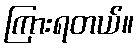
ကြားရတယ်။